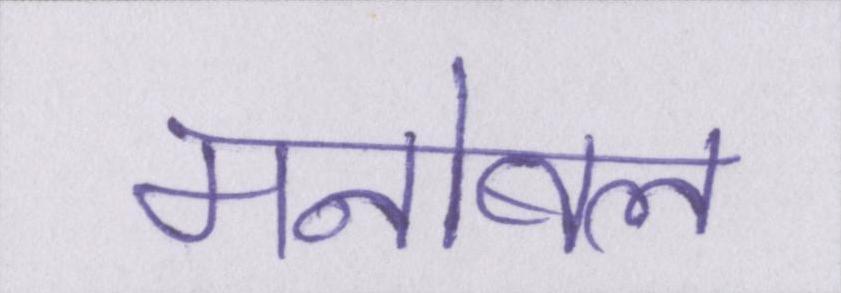
मनोबल